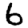
Digit: 6